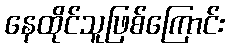
နေထိုင်သူဖြစ်ကြောင်း